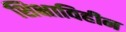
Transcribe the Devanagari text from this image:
शिक्षाविहीन